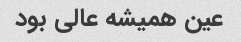
عین همیشه عالی بود